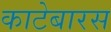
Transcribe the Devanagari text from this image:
काटेबारस